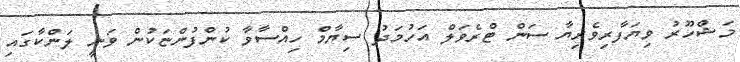
މަޝްހޫރު ވިޔަފާރިވެރިޔާ ސަން ޓްރެވަލް އަހުމަދު ސިޔާމް ހިއްސާވާ ކުންފުންޏަކުން ވަނީ ލަންކާގައި